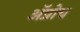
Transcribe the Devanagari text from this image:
अॅप्रोच